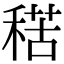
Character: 𥟾